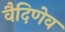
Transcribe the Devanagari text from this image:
वैदिणेव